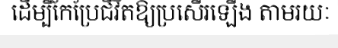
ដើម្បីកែប្រែជីវិតឱ្យប្រសើរឡើង តាមរយៈ